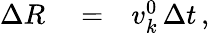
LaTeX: \begin{array}{rlr}{\Delta R}&{{}=}&{v_{k}^{0}\, \Delta t\, ,}\end{array}